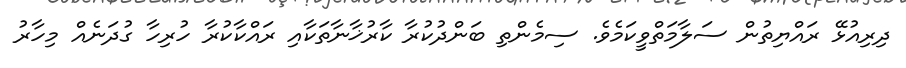
ދިރިއުޅޭ ރައްޔިތުން ސަލާމަތްވީކަމެވެ. ސިމެންތި ބަންދުކުރާ ކާރުޚާނާތަކާއި ރައްކާކުރާ ހުރިހާ ގުދަނެއް މިހާރު